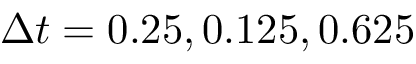
\Delta t = 0 . 2 5 , 0 . 1 2 5 , 0 . 6 2 5